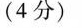
(4分)